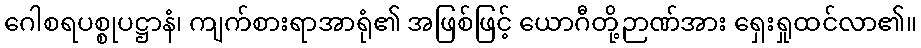
ဂေါစရပစ္စုပဋ္ဌာနံ၊ ကျက်စားရာအာရုံ၏ အဖြစ်ဖြင့် ယောဂီတို့ဉာဏ်အား ရှေးရှုထင်လာ၏။